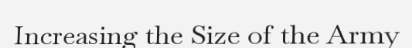
Increasing the Size of the Army